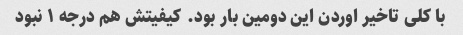
با کلی تاخیر اوردن این دومین بار بود. کیفیتش هم درجه ۱ نبود